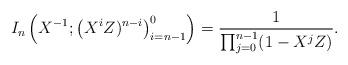
LaTeX: \begin{align*} I_n\left(X^{-1}; \left(X^iZ)^{n-i}\right)_{i=n-1}^{0}\right) = \frac{1}{\prod_{j=0}^{n-1}(1-X^jZ)}.\end{align*}